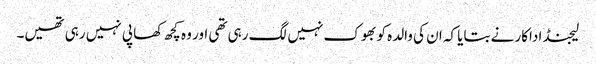
لیجنڈ اداکار نے بتایا کہ ان کی والدہ کو بھوک نہیں لگ رہی تھی اور وہ کچھ کھا پی نہیں رہی تھیں۔